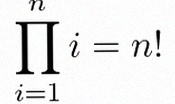
\prod_{i=1}^{n}i=n!